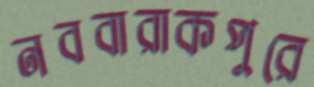
নববারাকপুরে